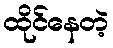
ထိုင်နေတဲ့